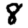
Digit: 8